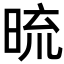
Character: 𭦓